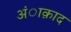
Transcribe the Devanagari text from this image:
अंाक़ाद